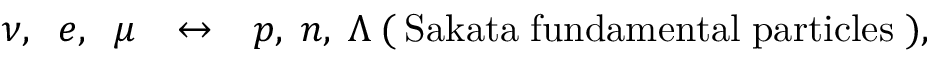
\nu , \; \; e , \; \; \mu \; \; \: \leftrightarrow \; \; \: p , \; n , \; \Lambda \: ( \: \mathrm { S a k a t a \; f u n d a m e n t a l \; p a r t i c l e s } \; ) ,